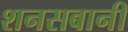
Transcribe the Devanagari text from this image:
शनसबानी